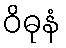
ဝိဓုနံ